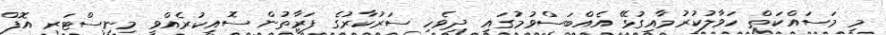
މި މަސައްކަތް ހަވާލުކުރުމާއިގުޅޭ އެއްބަސްވުމުގައި ދިވެހި ސަރުކާރުގެ ފަރާތުން ސޮއިކުރެއްވީ މިނިސްޓަރ އޮފް